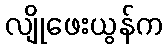
လျိုဖေးယွန်က